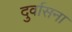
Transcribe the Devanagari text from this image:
दुर्वासना